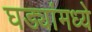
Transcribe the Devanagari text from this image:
घड्यांमध्ये